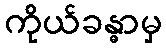
ကိုယ်ခန္ဓာမှ